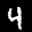
Label: 4